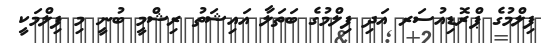
ފިލްމުގެ ޕްރޮޑިއުސަރ އަދި ފިލްމުގެ ބަތަލާ އައިޝަތު ރިޝްމީ ބުނީ މި ފިލްމަކީ